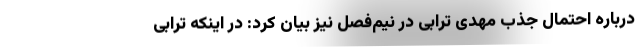
درباره احتمال جذب مهدی ترابی در نیم‌فصل نیز بیان کرد: در اینکه ترابی